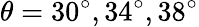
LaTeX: \theta=30^{\circ},34^{\circ},38^{\circ}